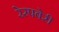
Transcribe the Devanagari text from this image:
रेस्पबेरी